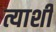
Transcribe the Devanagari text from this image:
त्याशीं